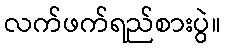
လက်ဖက်ရည်စားပွဲ။